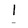
Character: l